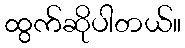
ထွက်ဆိုပါတယ်။